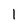
Character: I